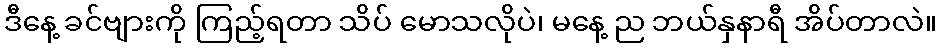
ဒီနေ့ ခင်ဗျားကို ကြည့်ရတာ သိပ် မောသလိုပဲ၊ မနေ့ ည ဘယ်နှနာရီ အိပ်တာလဲ။